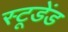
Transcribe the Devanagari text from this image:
स्टूडेंड